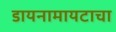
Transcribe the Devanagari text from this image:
डायनामायटाचा